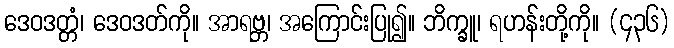
ဒေဝဒတ္တံ၊ ဒေဝဒတ်ကို။ အာရဗ္ဘ၊ အကြောင်းပြု၍။ ဘိက္ခူ၊ ရဟန်းတို့ကို။ (၄၃၆)